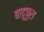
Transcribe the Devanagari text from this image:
बादूपुरा